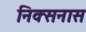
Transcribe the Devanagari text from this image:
निक्सनास